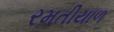
રમતીયાળ